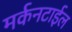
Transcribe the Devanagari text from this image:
मर्कनटाईल